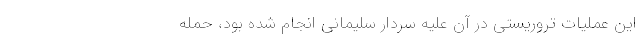
این عملیات تروریستی در آن علیه سردار سلیمانی انجام شده بود، حمله